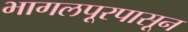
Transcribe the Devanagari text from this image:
भागलपूरपासून